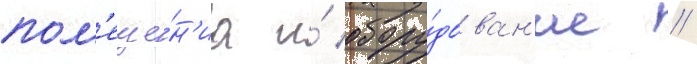
пом'еще́н'иа и́ обору́дован'ие //